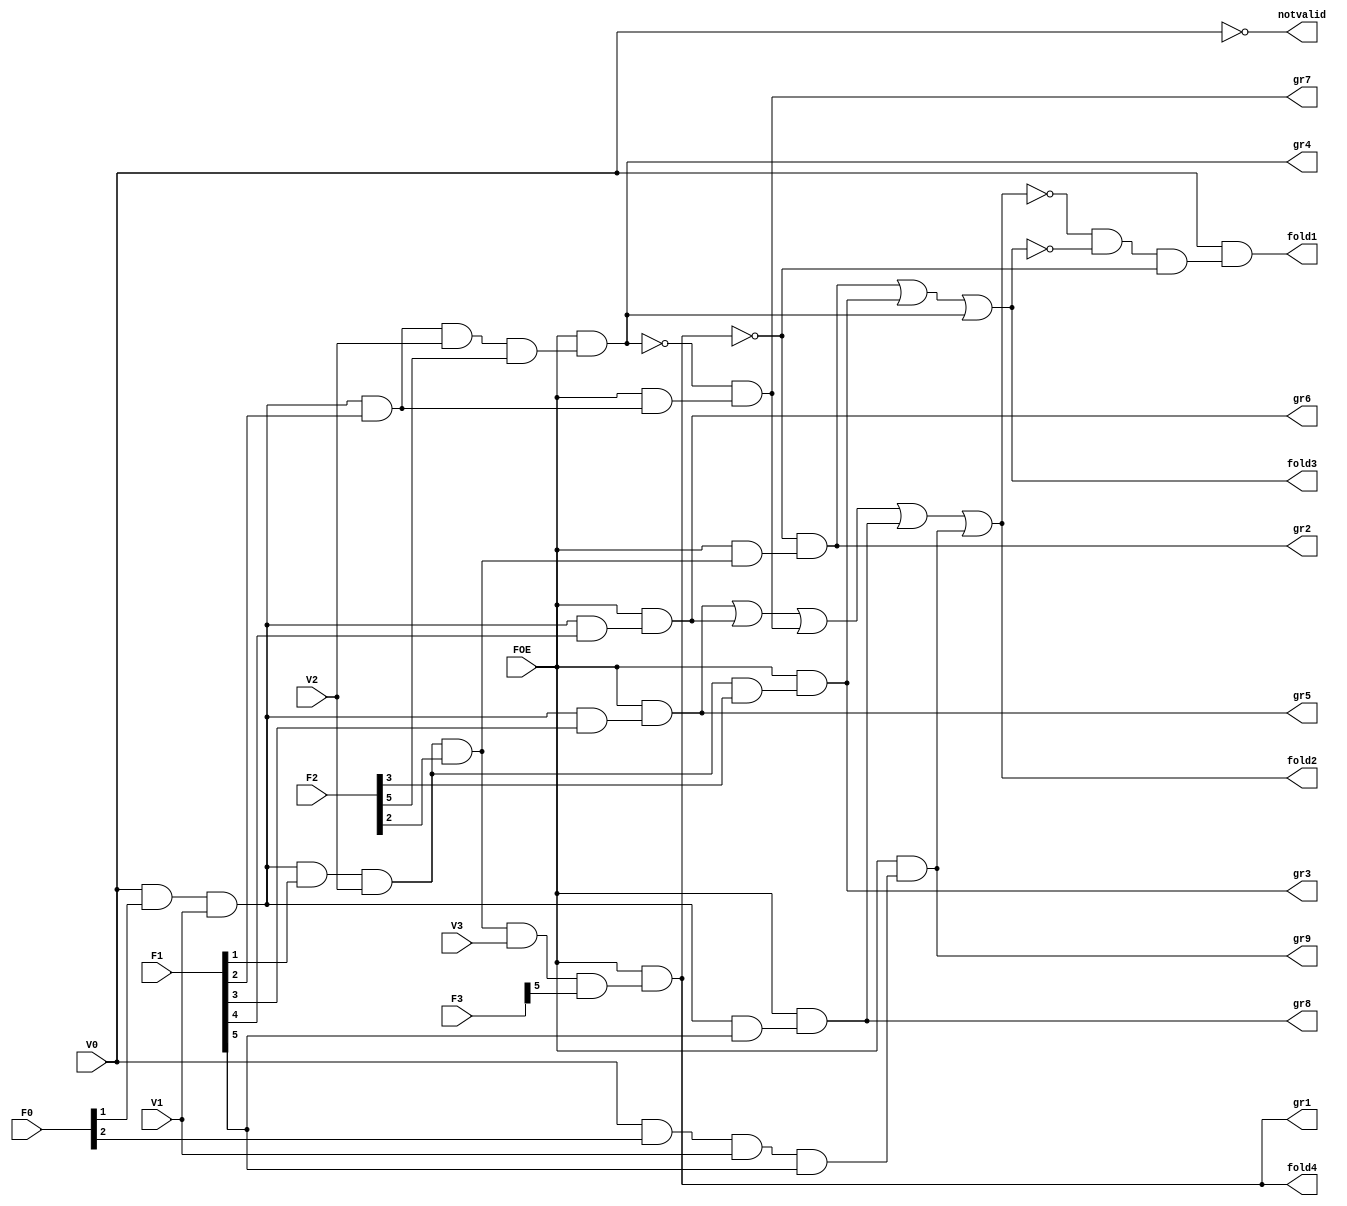
/****************************************************************
 ---------------------------------------------------------------
     Copyright 1999 Sun Microsystems, Inc., 901 San Antonio
     Road, Palo Alto, CA 94303, U.S.A.  All Rights Reserved.
     The contents of this file are subject to the current
     version of the Sun Community Source License, picoJava-II
     Core ("the License").  You may not use this file except
     in compliance with the License.  You may obtain a copy
     of the License by searching for "Sun Community Source
     License" on the World Wide Web at http://www.sun.com.
     See the License for the rights, obligations, and
     limitations governing use of the contents of this file.

     Sun, Sun Microsystems, the Sun logo, and all Sun-based
     trademarks and logos, Java, picoJava, and all Java-based
     trademarks and logos are trademarks or registered trademarks 
     of Sun Microsystems, Inc. in the United States and other
     countries.
 ----------------------------------------------------------------
******************************************************************/

module fold_logic (

	F0,
	F1,
	F2,
	F3,
	V0,
	V1,
	V2,
	V3,
	FOE,
	notvalid,
	fold1,
	fold2,
	fold3,
	fold4,
	gr1,
	gr2,
	gr3,
	gr4,
	gr5,
	gr6,
	gr7,
	gr8,
	gr9
);

input	[5:0]	F0;
input	[5:0]	F1;
input	[5:0]	F2;
input	[5:0]	F3;
input		V0;
input		V1;
input		V2;
input		V3;
input		FOE;
output		notvalid;
output		fold1;
output		fold2;
output		fold3;
output		fold4;
output		gr1;
output		gr2;
output		gr3;
output		gr4;
output		gr5;
output		gr6;
output		gr7;
output		gr8;
output		gr9;

wire		gr1_tmp;
wire		gr2_tmp;
wire		gr3_tmp;
wire		gr4_tmp;
wire		gr5_tmp;
wire		gr6_tmp;
wire		gr7_tmp;
wire		gr8_tmp;
wire		gr9_tmp;

wire		gr1;
wire		gr2;
wire		gr3;
wire		gr4;
wire		gr5;
wire		gr6;
wire		gr7;
wire		gr8;
wire		gr9;

assign	gr1_tmp = 	FOE & ( V0&F0[1] &
				V1&F1[1] &
				V2&F2[2] & 
				V3&F3[5] );

assign	gr2_tmp = 	FOE & ( V0&F0[1] &
				V1&F1[1] &
				V2&F2[2] );

assign	gr3_tmp = 	FOE & ( V0&F0[1] &
				V1&F1[1] &
				V2&F2[3] );

assign	gr4_tmp = 	FOE & ( V0&F0[1] &
				V1&F1[2] &
				V2&F2[5] );

assign	gr5_tmp = 	FOE & ( V0&F0[1] &
				V1&F1[3] );

assign	gr6_tmp = 	FOE & ( V0&F0[1] &
				V1&F1[4] );

assign	gr7_tmp = 	FOE & ( V0&F0[1] & 
				V1&F1[2] ); 

assign	gr8_tmp = 	FOE & ( V0&F0[1] &
				V1&F1[5] );

assign	gr9_tmp = 	FOE & ( V0&F0[2] &
				V1&F1[5] ); 


assign	gr1 = gr1_tmp;

assign	gr2 = !gr1_tmp & gr2_tmp;

assign	gr3 = gr3_tmp;

assign	gr4 = gr4_tmp;

assign	gr5 = gr5_tmp;

assign	gr6 = gr6_tmp;

assign	gr7 = !gr4_tmp & gr7_tmp;

assign	gr8 = gr8_tmp;

assign	gr9 = gr9_tmp;

assign	fold2 = gr5 | gr6 | gr7 | gr8 | gr9;
assign	fold3 = gr2 | gr3 | gr4;
assign	fold4 = gr1;

assign	fold1 = V0 & (!fold2 & !fold3 & !fold4);
assign	notvalid   = !V0;

endmodule